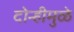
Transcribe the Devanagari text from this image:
दोन्हीमुळे